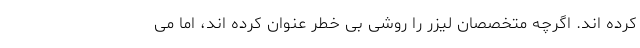
کرده اند. اگرچه متخصصان لیزر را روشی بی خطر عنوان کرده اند، اما می